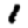
Digit: 1